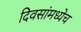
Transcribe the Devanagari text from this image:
दिवसांमध्येच